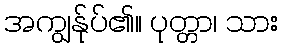
အကျွန်ုပ်၏။ ပုတ္တာ၊ သား